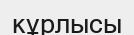
кұрлысы